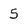
Character: 5